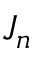
J _ { n }